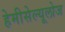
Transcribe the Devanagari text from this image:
हेमीसेल्यूलोज